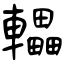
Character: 轠